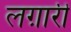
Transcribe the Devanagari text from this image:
लग़ारी